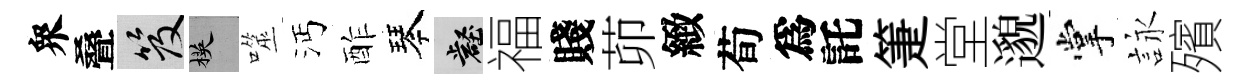
衆叠笈楧噬沔酢琴壑福賤茆緻荀爲託箑堂邈掌詠殯